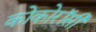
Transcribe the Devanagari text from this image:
कोकोरॉसी